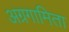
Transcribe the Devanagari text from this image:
अग्रगामिता